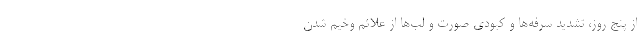
از پنج روز، تشدید سرفه‌ها و کبودی صورت و لب‌ها از علائم وخیم شدن